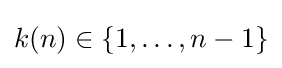
k(n)\in \{1,\ldots ,n-1\}